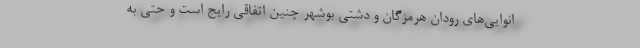
انوایی‌های رودان هرمزگان و دشتی بوشهر چنین اتفاقی رایج است و حتی به